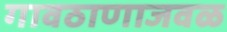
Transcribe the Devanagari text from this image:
गावठाणाजवळ